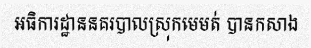
អធិការដ្ឋាននគរបាលស្រុកមេមត់ បានកសាង